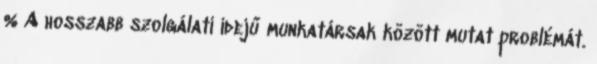
% A hosszabb szolgálati idejű munkatársak között mutat problémát.